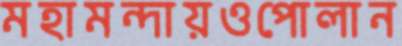
মহামন্দায়ওপোলান